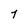
Character: 7